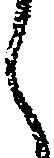
ら